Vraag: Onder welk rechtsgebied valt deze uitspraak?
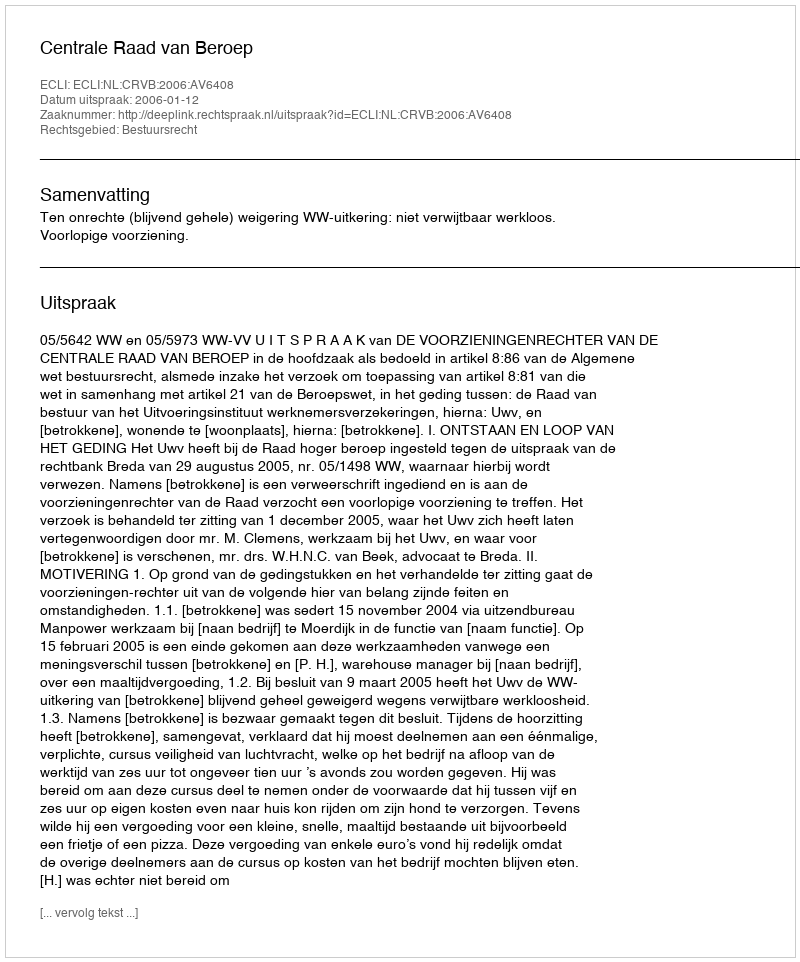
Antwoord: Bestuursrecht